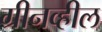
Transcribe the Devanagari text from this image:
ग्रीनव्हील